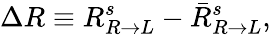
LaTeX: \Delta R\equiv R_{R\rightarrow L}^{s}-{\bar{R}}_{R\rightarrow L}^{s},